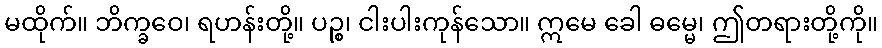
မထိုက်။ ဘိက္ခဝေ၊ ရဟန်းတို့။ ပဉ္စ၊ ငါးပါးကုန်သော။ ဣမေ ခေါ ဓမ္မေ၊ ဤတရားတို့ကို။